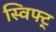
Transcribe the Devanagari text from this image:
स्विफ्ट्